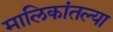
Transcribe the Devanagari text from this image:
मालिकांतल्या